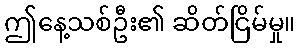
ဤနေ့သစ်ဦး၏ ဆိတ်ငြိမ်မှု။